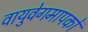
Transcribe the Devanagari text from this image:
वायुवेगमापकों